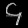
Digit: ၄